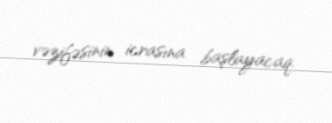
vəzifəsinin icrasına başlayacaq.